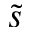
\tilde { s }